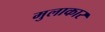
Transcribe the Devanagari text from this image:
मुलाकार